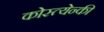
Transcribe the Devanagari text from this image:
कोस्त्येन्की